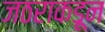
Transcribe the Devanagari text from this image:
जठराकडून